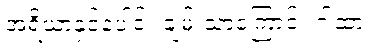
အရိယာနှင့်ပေါင်း ချမ်းသာကြောင်း ဂါထာ